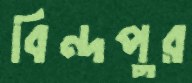
বিন্দপুর